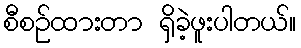
စီစဉ်ထားတာ ရှိခဲ့ဖူးပါတယ်။